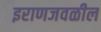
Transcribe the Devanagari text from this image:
इराणजवळील